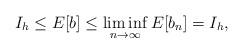
LaTeX: \begin{align*}I_h\leq E[b]\leq \liminf_{n\to\infty}E[b_n]=I_h,\end{align*}